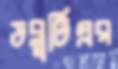
ডব্লুটিএর